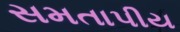
સમતાપીય